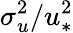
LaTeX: \sigma_{u}^{2}/u_{*}^{2}